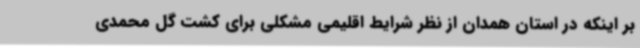
بر اینکه در استان همدان از نظر شرایط اقلیمی مشکلی برای کشت گل محمدی